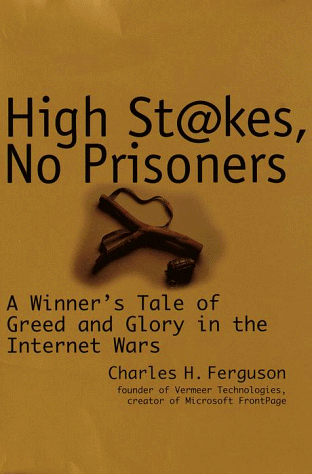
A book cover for High Stakes, No Prisoners : A Winner's Tale of Greed and Glory in the Internet Wars; Charles Ferguson; Computers & Technology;